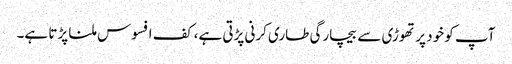
آپ کو خود پر تھوڑی سے بیچارگی طاری کرنی پڑتی ہے، کف افسوس ملنا پڑتا ہے۔